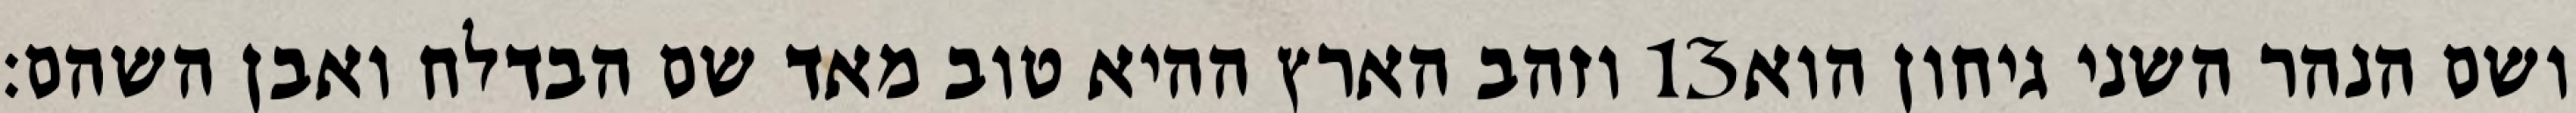
וזהב הארץ ההיא טוב מאד שם הבדלח ואבן השהם׃ ‎13‏ ושם הנהר השני גיחון הוא